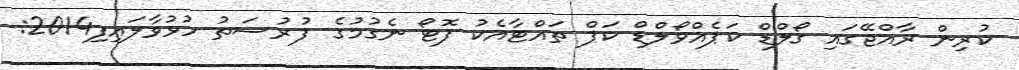
ކުރިން ރާއްޖޭގައި ގޯލްޑް ކަޕެއްވޯލްޑް ކަޕް ތައްޓާއެކު ފޮޓޯ ނެގުމުގެ ފުރުސަތު ހުޅުވާލައިފި2014: